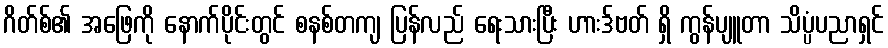
ဂိတ်စ်၏ အဖြေကို နောက်ပိုင်းတွင် စနစ်တကျ ပြန်လည် ရေးသားပြီး ဟားဒ်ဗတ် ရှိ ကွန်ပျူတာ သိပ္ပံပညာရှင်